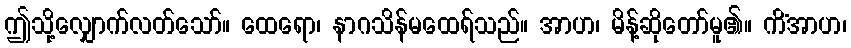
ဤသို့လျှောက်လတ်သော်။ ထေရော၊ နာဂသိန်မထေရ်သည်။ အာဟ၊ မိန့်ဆိုတော်မူ၏။ ကိံအာဟ၊